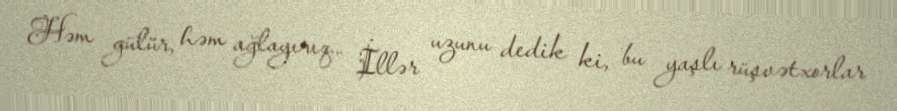
Həm gülür, həm ağlayırıq… İllər uzunu dedik ki, bu yaşlı rüşvətxorlar